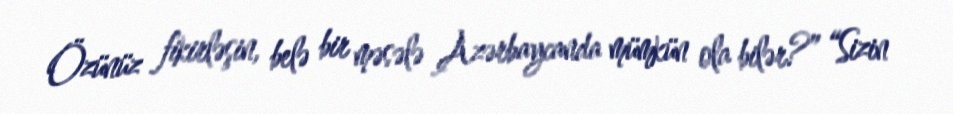
Özünüz fikirləşin, belə bir məsələ Azərbaycanda mümkün ola bilər?” “Sizin